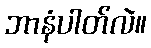
ဘာနံပါတ်လဲ။